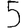
Digit: 5